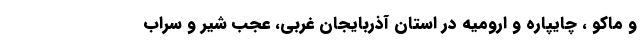
و ماکو ، چایپاره و ارومیه در استان آذربایجان غربی، عجب شیر و سراب